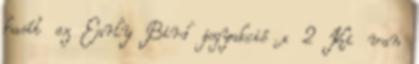
hasít az Early Bird jegyakció x 2 Ki van